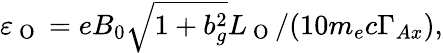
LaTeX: \begin{array}{r}{\varepsilon_{\mathrm{~O~}}=eB_{0}\sqrt{1+b_{g}^{2}}L_{\mathrm{~O~}}/(10m_{e}c\Gamma_{Ax}),}\end{array}